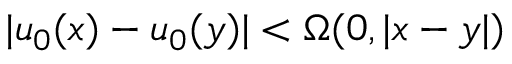
| u _ { 0 } ( x ) - u _ { 0 } ( y ) | < \Omega ( 0 , | x - y | )